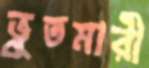
ভুতমারী